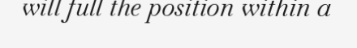
will full the position within a